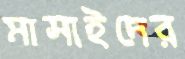
মাসাইদের